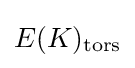
E(K)_{\text{tors}}